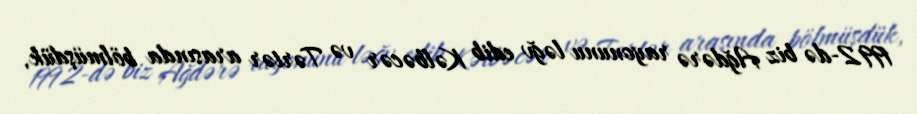
1992-də biz Ağdərə rayonunu ləğv edib Kəlbəcər və Tərtər arasında bölmüşdük,